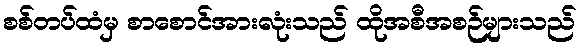
စစ်တပ်ထံမှ စာစောင်အားလုံးသည် ထိုအစီအစဉ်များသည်